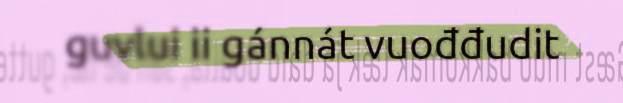
guvlui ii gánnát vuođđudit